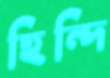
হিন্দি